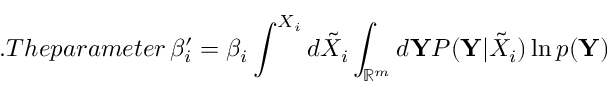
. T h e p a r a m e t e r \, \beta _ { i } ^ { \prime } = \beta _ { i } \int ^ { X _ { i } } d \tilde { X } _ { i } \int _ { \mathbb { R } ^ { m } } d \mathbf { Y } P ( \mathbf { Y } | \tilde { X } _ { i } ) \ln p ( \mathbf { Y } )